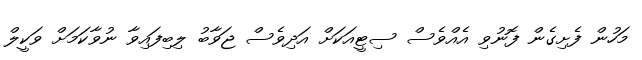
މަހުން ފެށިގެން ފޮނުވި އެއްވެސް ސިޓީއަކަށް އަދިވެސް ޖަވާބު ލިބިފައިވާ ނުވާކަމަށް ވަކީލް